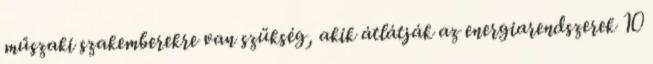
műszaki szakemberekre van szükség, akik átlátják az energiarendszerek 10